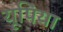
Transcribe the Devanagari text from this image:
यूपिया